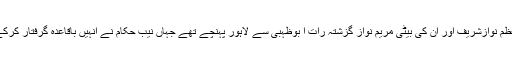
واضح رہے کہ سابق وزیراعظم نوازشریف اور ان کی بیٹی مریم نواز گزشتہ رات ا بوظہبی سے لاہور پہنچے تھے جہاں نیب حکام نے انہیں باقاعدہ گرفتار کرکے اڈیالہ جیل منتقل کردیا ہے۔